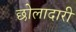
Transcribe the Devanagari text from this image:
छोलादारी